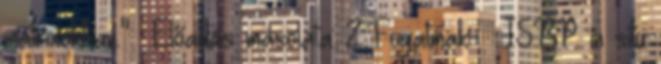
mátrixokban."— Előadás másolata: 2 Fogalmak:  ISBP: in situ